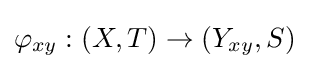
\varphi _{xy}:(X,T)\rightarrow (Y_{xy},S)